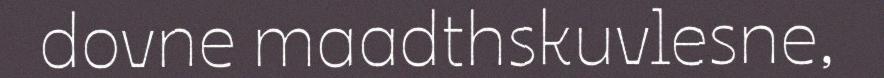
dovne maadthskuvlesne,